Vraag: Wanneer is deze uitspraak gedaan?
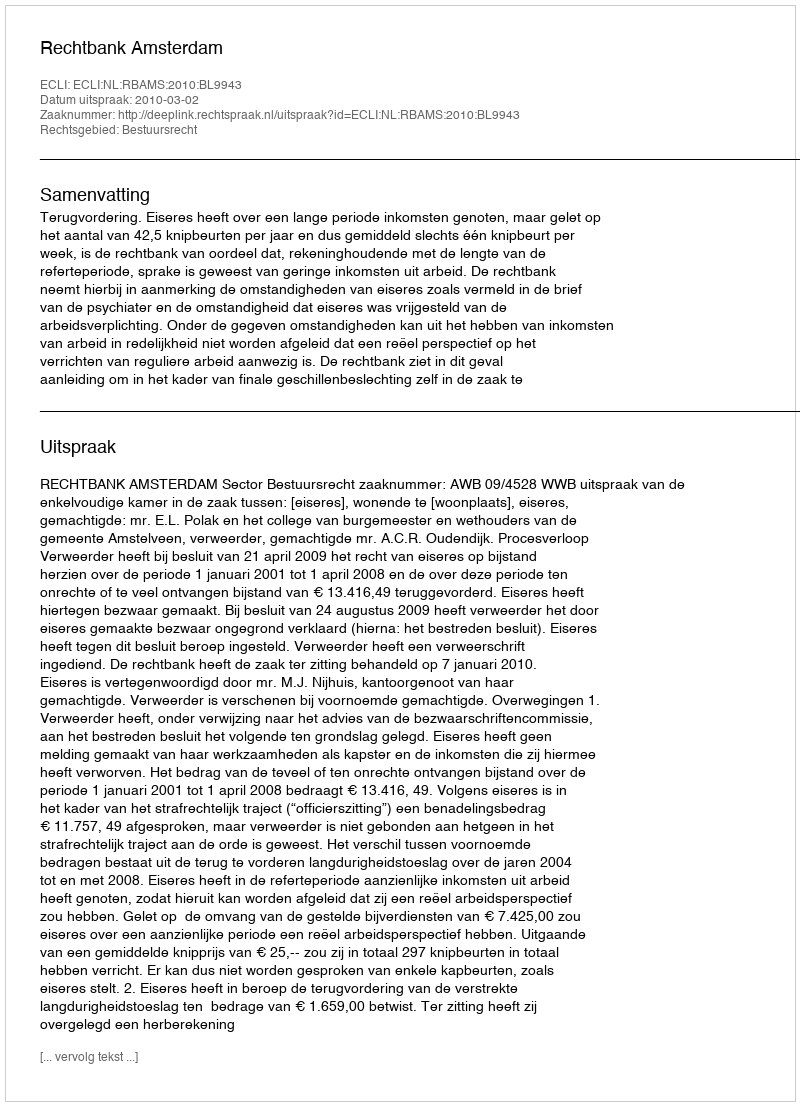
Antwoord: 2010-03-02